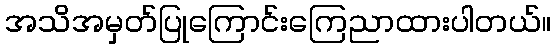
အသိအမှတ်ပြုကြောင်းကြေညာထားပါတယ်။